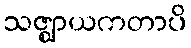
သဇ္ဈာယကတာပိ